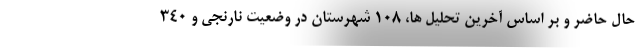
حال حاضر و بر اساس آخرین تحلیل ها، ۱۰۸ شهرستان در وضعیت نارنجی و ۳۴۰